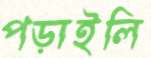
পড়াইলি